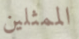
الممثلين